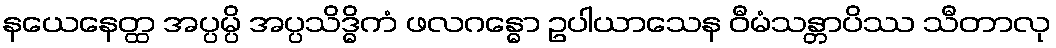
နယေနေတ္ထ အပ္ပမ္ပိ အပ္ပသိဒ္ဓိကံ ဖလဂန္ဓော ဥပါယာသေန ဝီမံသန္တာပိဿ သီတာလု